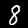
Label: 8